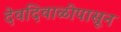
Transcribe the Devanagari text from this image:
देवदिवाळीपासून